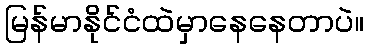
မြန်မာနိုင်ငံထဲမှာနေနေတာပဲ။